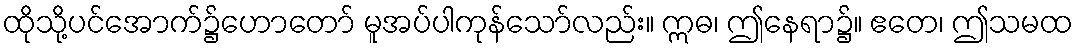
ထိုသို့ပင်အောက်၌ဟောတော် မူအပ်ပါကုန်သော်လည်း။ ဣဓ၊ ဤနေရာ၌။ ဧတေ၊ ဤသမထ